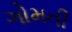
ગોમતી